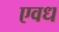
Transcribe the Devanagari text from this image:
एवध